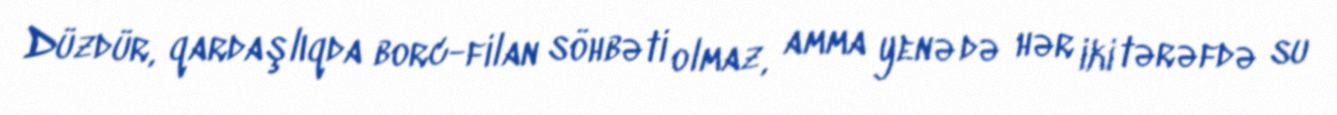
Düzdür, qardaşlıqda borc-filan söhbəti olmaz, amma yenə də hər iki tərəfdə su